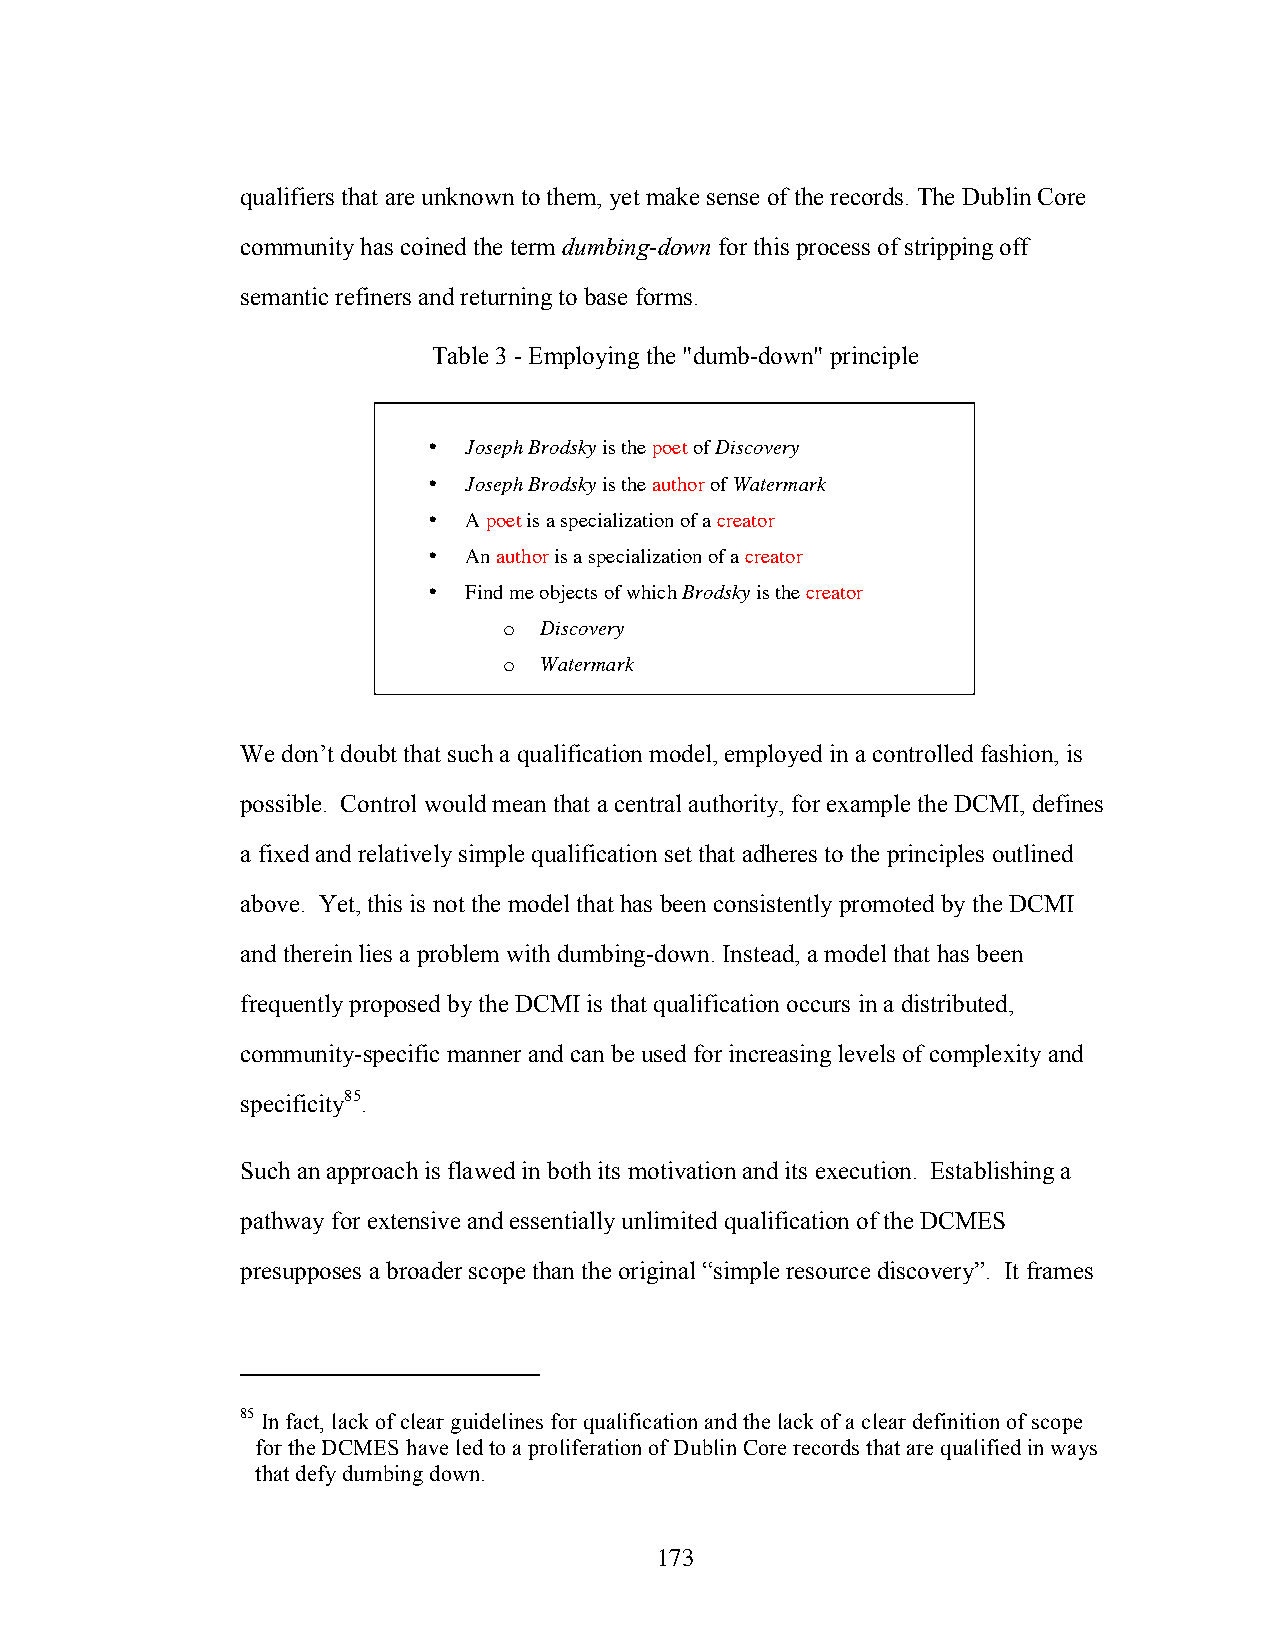
qualifiers that are unknown to them, yet make sense of the records. The Dublin Core
 community has coined the term dumbing-down for this process of stripping off
 semantic refiners and returning to base forms.
 Table 3 - Employing the "dumb-down" principle
 •  Joseph Brodsky is the poet of Discovery
 •  Joseph Brodsky is the author of Watermark
 •  A poet is a specialization of a creator
 •  An author is a specialization of a creator
 •  Find me objects of which Brodsky is the creator
 o  Discovery
 o  Watermark
 We don’t doubt that such a qualification model, employed in a controlled fashion, is
 possible. Control would mean that a central authority, for example the DCMI, defines
 a fixed and relatively simple qualification set that adheres to the principles outlined
 above. Yet, this is not the model that has been consistently promoted by the DCMI
 and therein lies a problem with dumbing-down. Instead, a model that has been
 frequently proposed by the DCMI is that qualification occurs in a distributed,
 community-specific manner and can be used for increasing levels of complexity and
 specificity85.
 Such an approach is flawed in both its motivation and its execution. Establishing a
 pathway for extensive and essentially unlimited qualification of the DCMES
 presupposes a broader scope than the original “simple resource discovery”. It frames
 85 In fact, lack of clear guidelines for qualification and the lack of a clear definition of scope
 for the DCMES have led to a proliferation of Dublin Core records that are qualified in ways
 that defy dumbing down.
 173